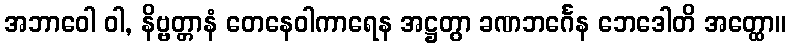
အဘာဝေါ ဝါ, နိဗ္ဗတ္တာနံ တေနေဝါကာရေန အဋ္ဌတွာ ခဏဘင်္ဂေန ဘေဒေါတိ အတ္ထော။